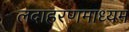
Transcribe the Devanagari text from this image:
लदाहरणमाध्यम